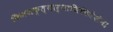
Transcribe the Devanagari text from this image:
किमशक्त्यार्थाभिनिवेशेन।